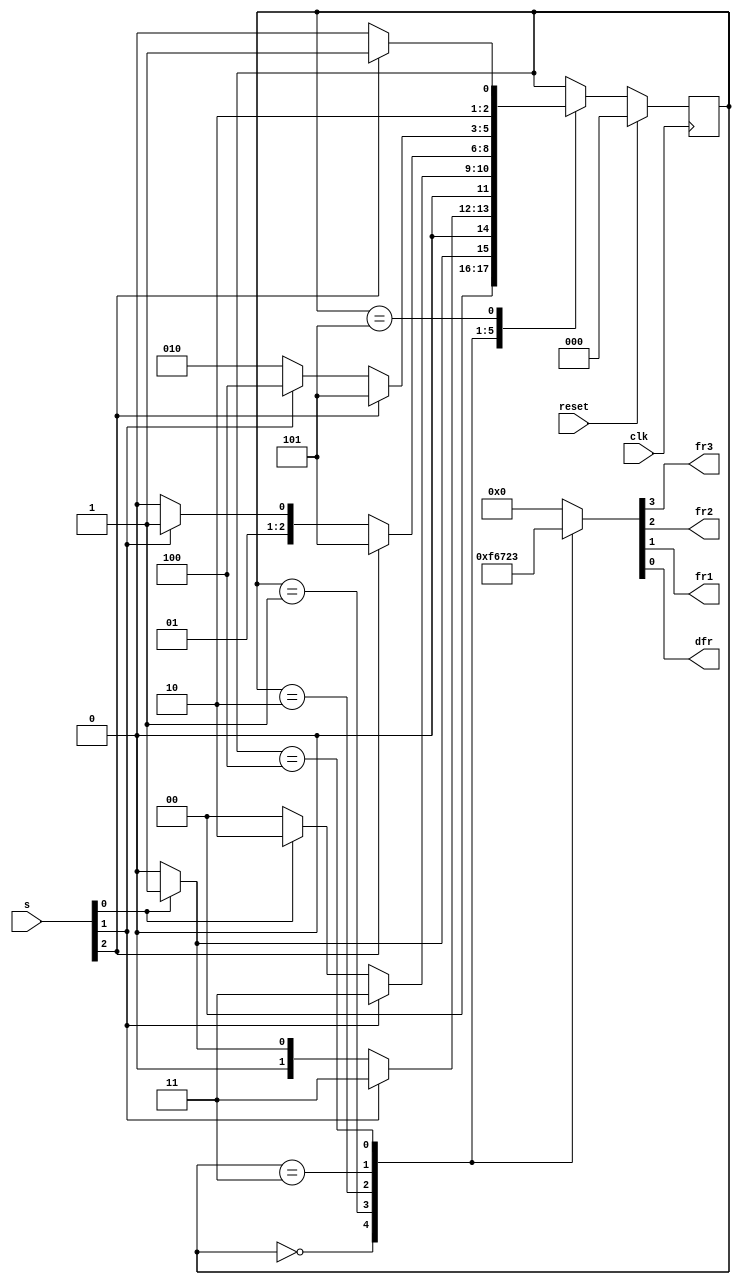
module top_module (
    input clk,
    input reset,
    input [3:1] s,
    output fr3,
    output fr2,
    output fr1,
    output dfr
); 

  //状态说明：
  //A-水位below S1
  //B-水位between S1-S2
  //C-水位between S2-S3
  //D-水位above S3
  //1-上一状态水位比现状态水位高，output dfr=1
  //0-上一状态水位比现状态水位低，output dfr=2
  //没有比below S1更低的水位，所以上一个状态一定比它水位高，对应只有A1状态
  //没有比above S2更高的水位，所以上一个状态一定比它水位低，对应只有D0状态
  
    parameter A1=0,B0=1,B1=2,C0=3,C1=4,D0=5;
    reg [2:0] state;
    reg [2:0] next_state;
    
    always@(posedge clk)
        begin
            if (reset)
               state <= A1;
            else
               state <= next_state;
        end
  
  
  //状态转移
  //水位上升到0状态
  //水位下降到1状态
    always@(*)
        begin
            case(state)
                A1: next_state = s[1]?B0:A1;
                B0: next_state = s[2]?C0:(s[1]?B0:A1);
                B1: next_state = s[2]?C0:(s[1]?B1:A1);
                C0: next_state = s[3]?D0:(s[2]?C0:B1);
                C1: next_state = s[3]?D0:(s[2]?C1:B1);
                D0: next_state = s[3]?D0:C1;
                default: next_state = state;
            endcase
        end

  //状态对应的输出
  //水位越低，要开启的fr越多
	always@(*)
        begin
            case(state)
                A1: {fr3,fr2,fr1,dfr} = 4'b1111;
                B0: {fr3,fr2,fr1,dfr} = 4'b0110;
                B1: {fr3,fr2,fr1,dfr} = 4'b0111;
                C0: {fr3,fr2,fr1,dfr} = 4'b0010;
                C1: {fr3,fr2,fr1,dfr} = 4'b0011;
                D0: {fr3,fr2,fr1,dfr} = 4'b0000;
                default:{fr3,fr2,fr1,dfr} = 4'b0000;
            endcase
        end

endmodule